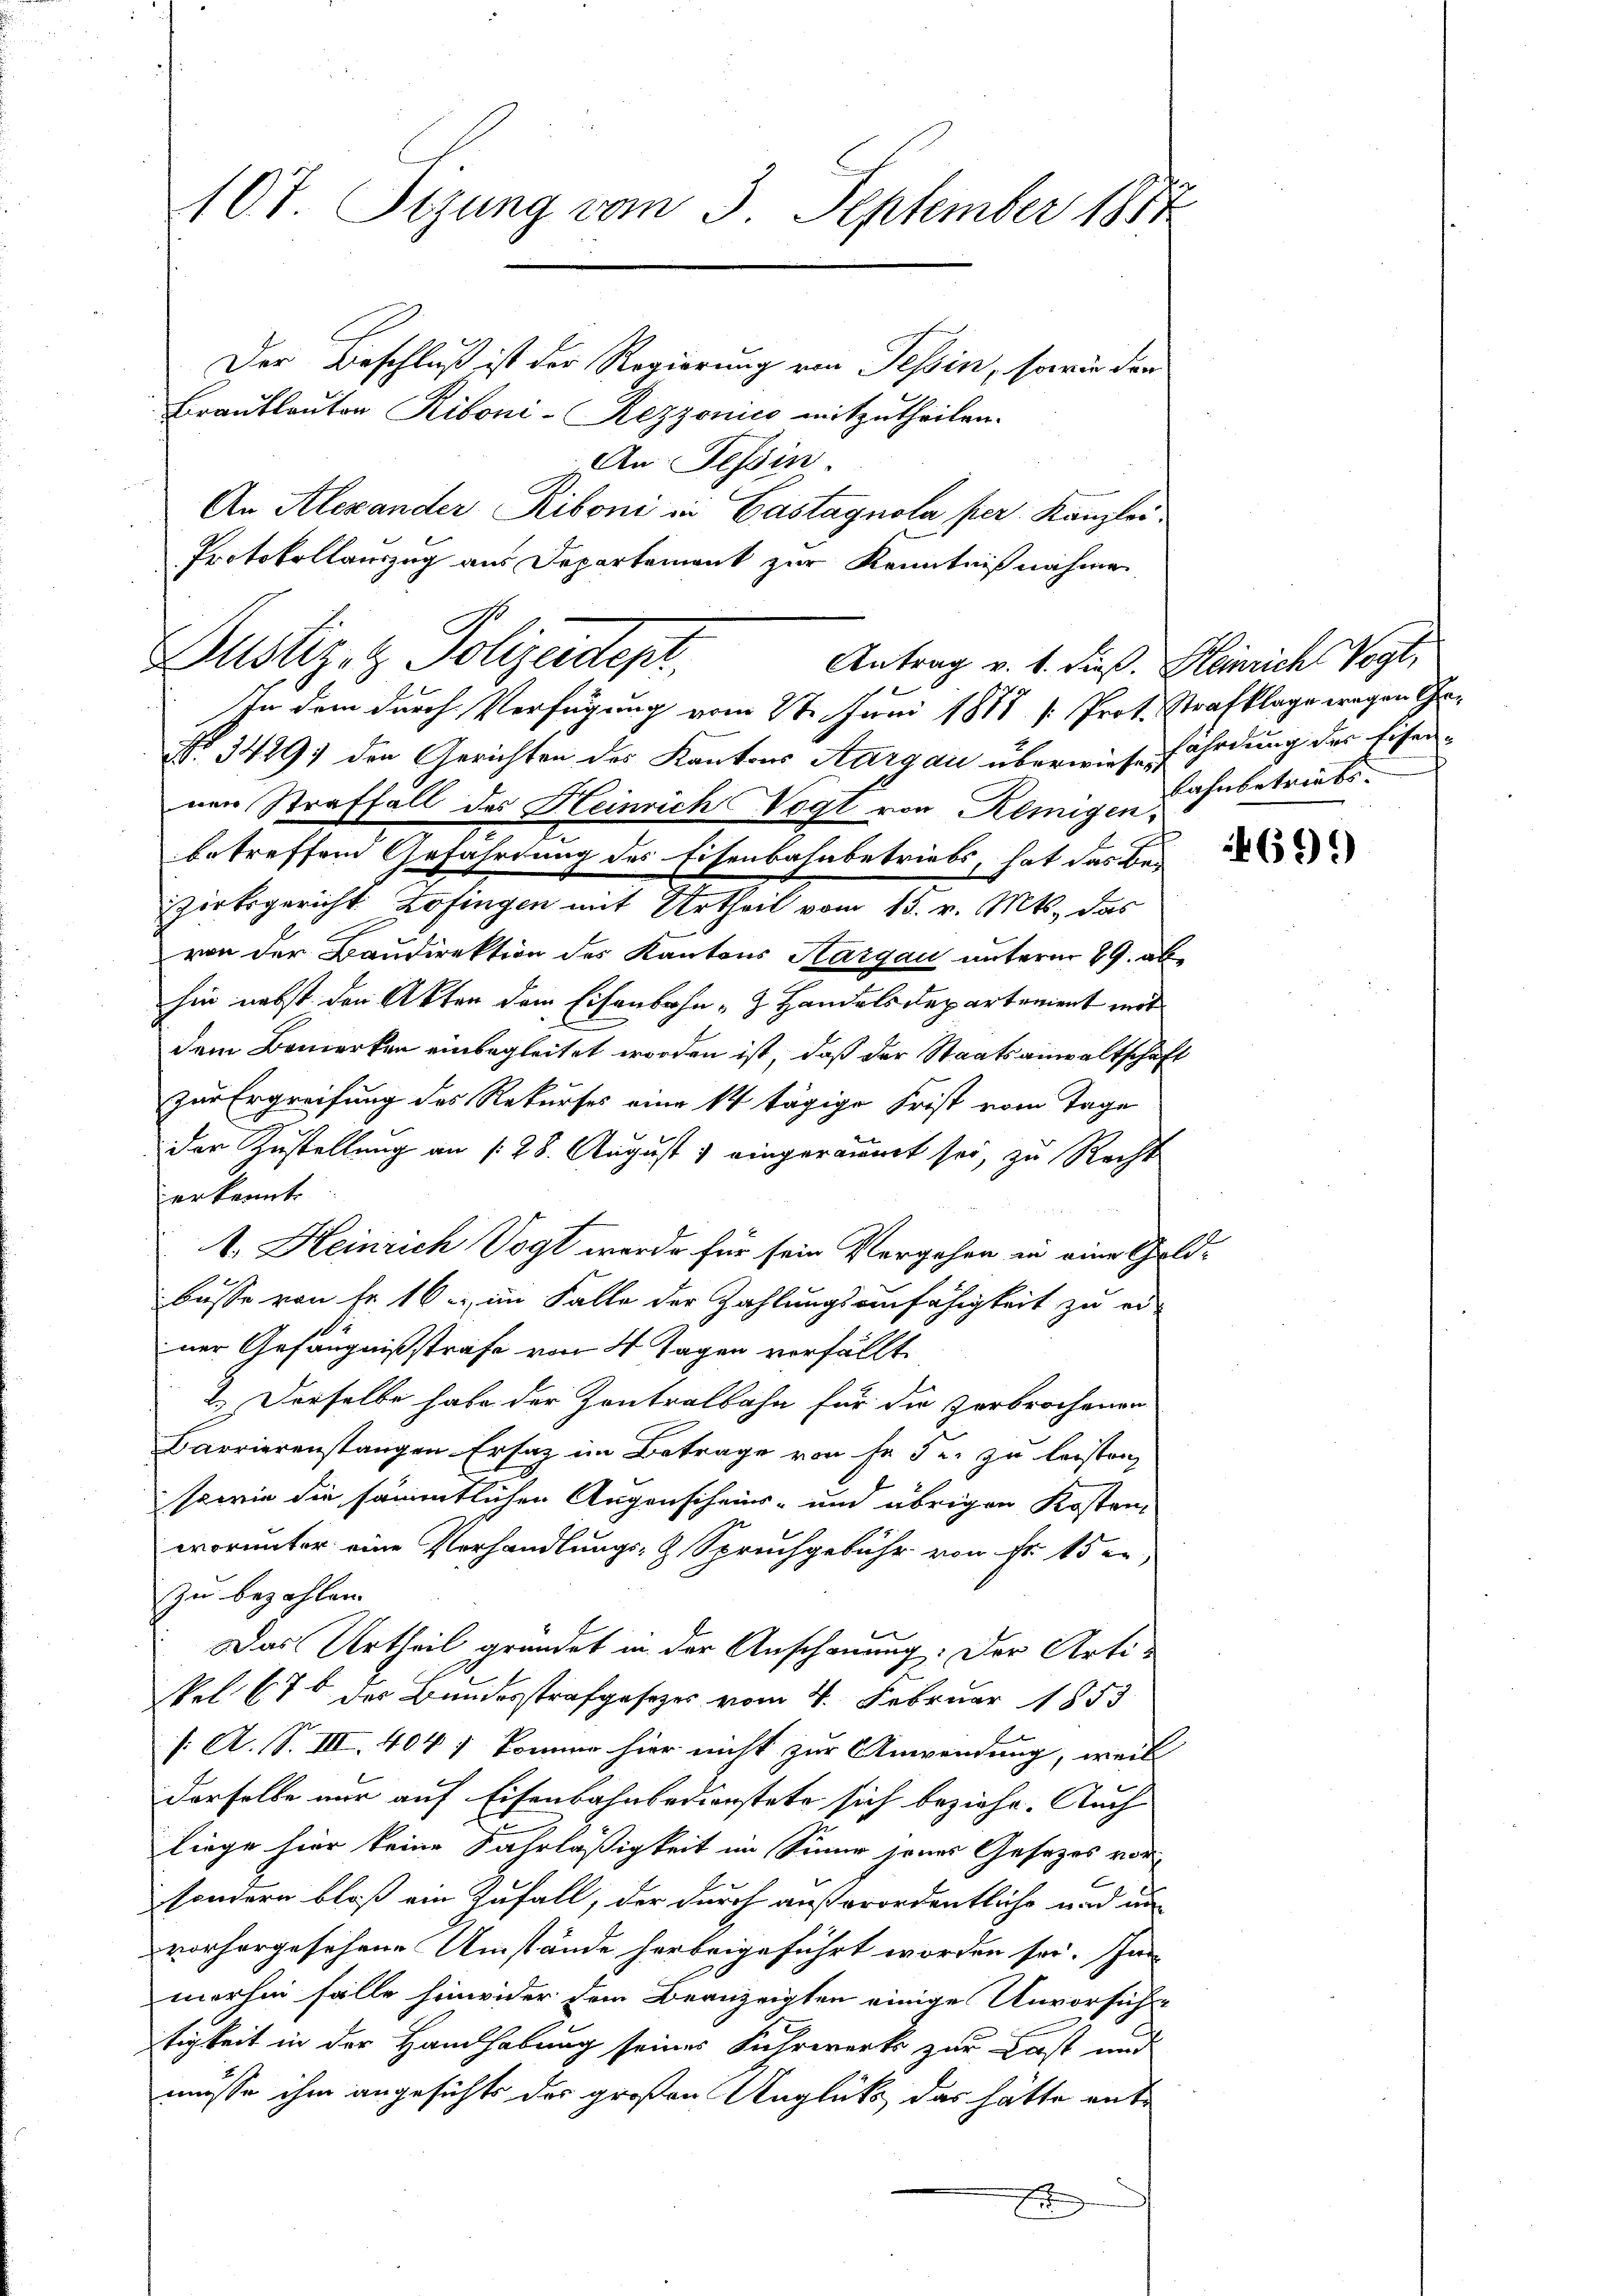
107 Sizung vom 3. September 1817

Der Beschluß ist der Regierung von Tessin, sowie der
Brautleuten Riboni-Rezzonico mitzutheilen.
An Tessin.
An Alexander Riboni in Castagnola per Kanzlei
Protokollauszug aus Departement zur Kenntnißnahme.
In dem durch Verfügung vom 2te Juni 1818 [Prot. Strafklage wegen Ge¬
No 1429) den Gerichten des Kantons Aargau überwiesen Ehrdung der Eisennen Straffall des Heinrich Vogt von Remigenbetreffend Gefährdung des Eisenbahnbetriebs, hat das Be-
zirksgericht. Zofingen mit Urtheil vom 13. v. Mts. das
von der Baudirektion des Kantons Hargau unterm 29. abhin nebst den Akten dem Eisenbahn - Handelsdepartement mit
dem Bemerken einbegleitet worden ist, daß der Staatsanwaltschaft
zur Ergreifung des Rekurses eine 14 tägige Frist vom Tage
der Zustellung an (: 28. August ; eingeräumt sei, zu Recht
erkannt.
1. Heinrich Vogt werde für sein Vergehen in eine Gold-
busse von fr. 16, im Falle der Zahlungsunfähigkeit zu er-
ner Gefängnißstrafe von 4 Tagen verfällt.
2.) Derselbe habe der Zontralbahn für die Verbrochenen
Barrierenstangen Ersatz im Betrage von Fr. 5 u. zu leisten
sowie die sämmtlichen Augenscheins- und übrigen Kosten-
worunter eine Verhandlungs- & Spruchgebühr von Fr. 15 en
zu bezahlen.
Das Urtheil gründet in der Anschauung. Der Arti¬
Sel 67 der Bundesstrafgesetzes vom 4. Februar 1853
/: A. S. III. 404) können hier nicht zur Anwendung, weil
derselbe nur auf Eisenbahnbedienstete sich beziehe. Auch
liege hier keine Fahrläßigkeit im Sinne jenes Gesezes vor
sondern bloß ein Zufall, der durch außerordentliche und un
vorhergesehene Umstände herbeigeführt worden sei. In
merhin fälle hinwider dem Beanzeigten einige Unvorsicht-
tigkeit in der Handhabung seines Fuhrwerks zur Last und
müsse ihm angesichts der großen Unglück, das hätte ent
x

Dustizez Polizeidepr
Antrag v. 1. dieß. Heinrich Vogt,

Lahnbetriebs

469.